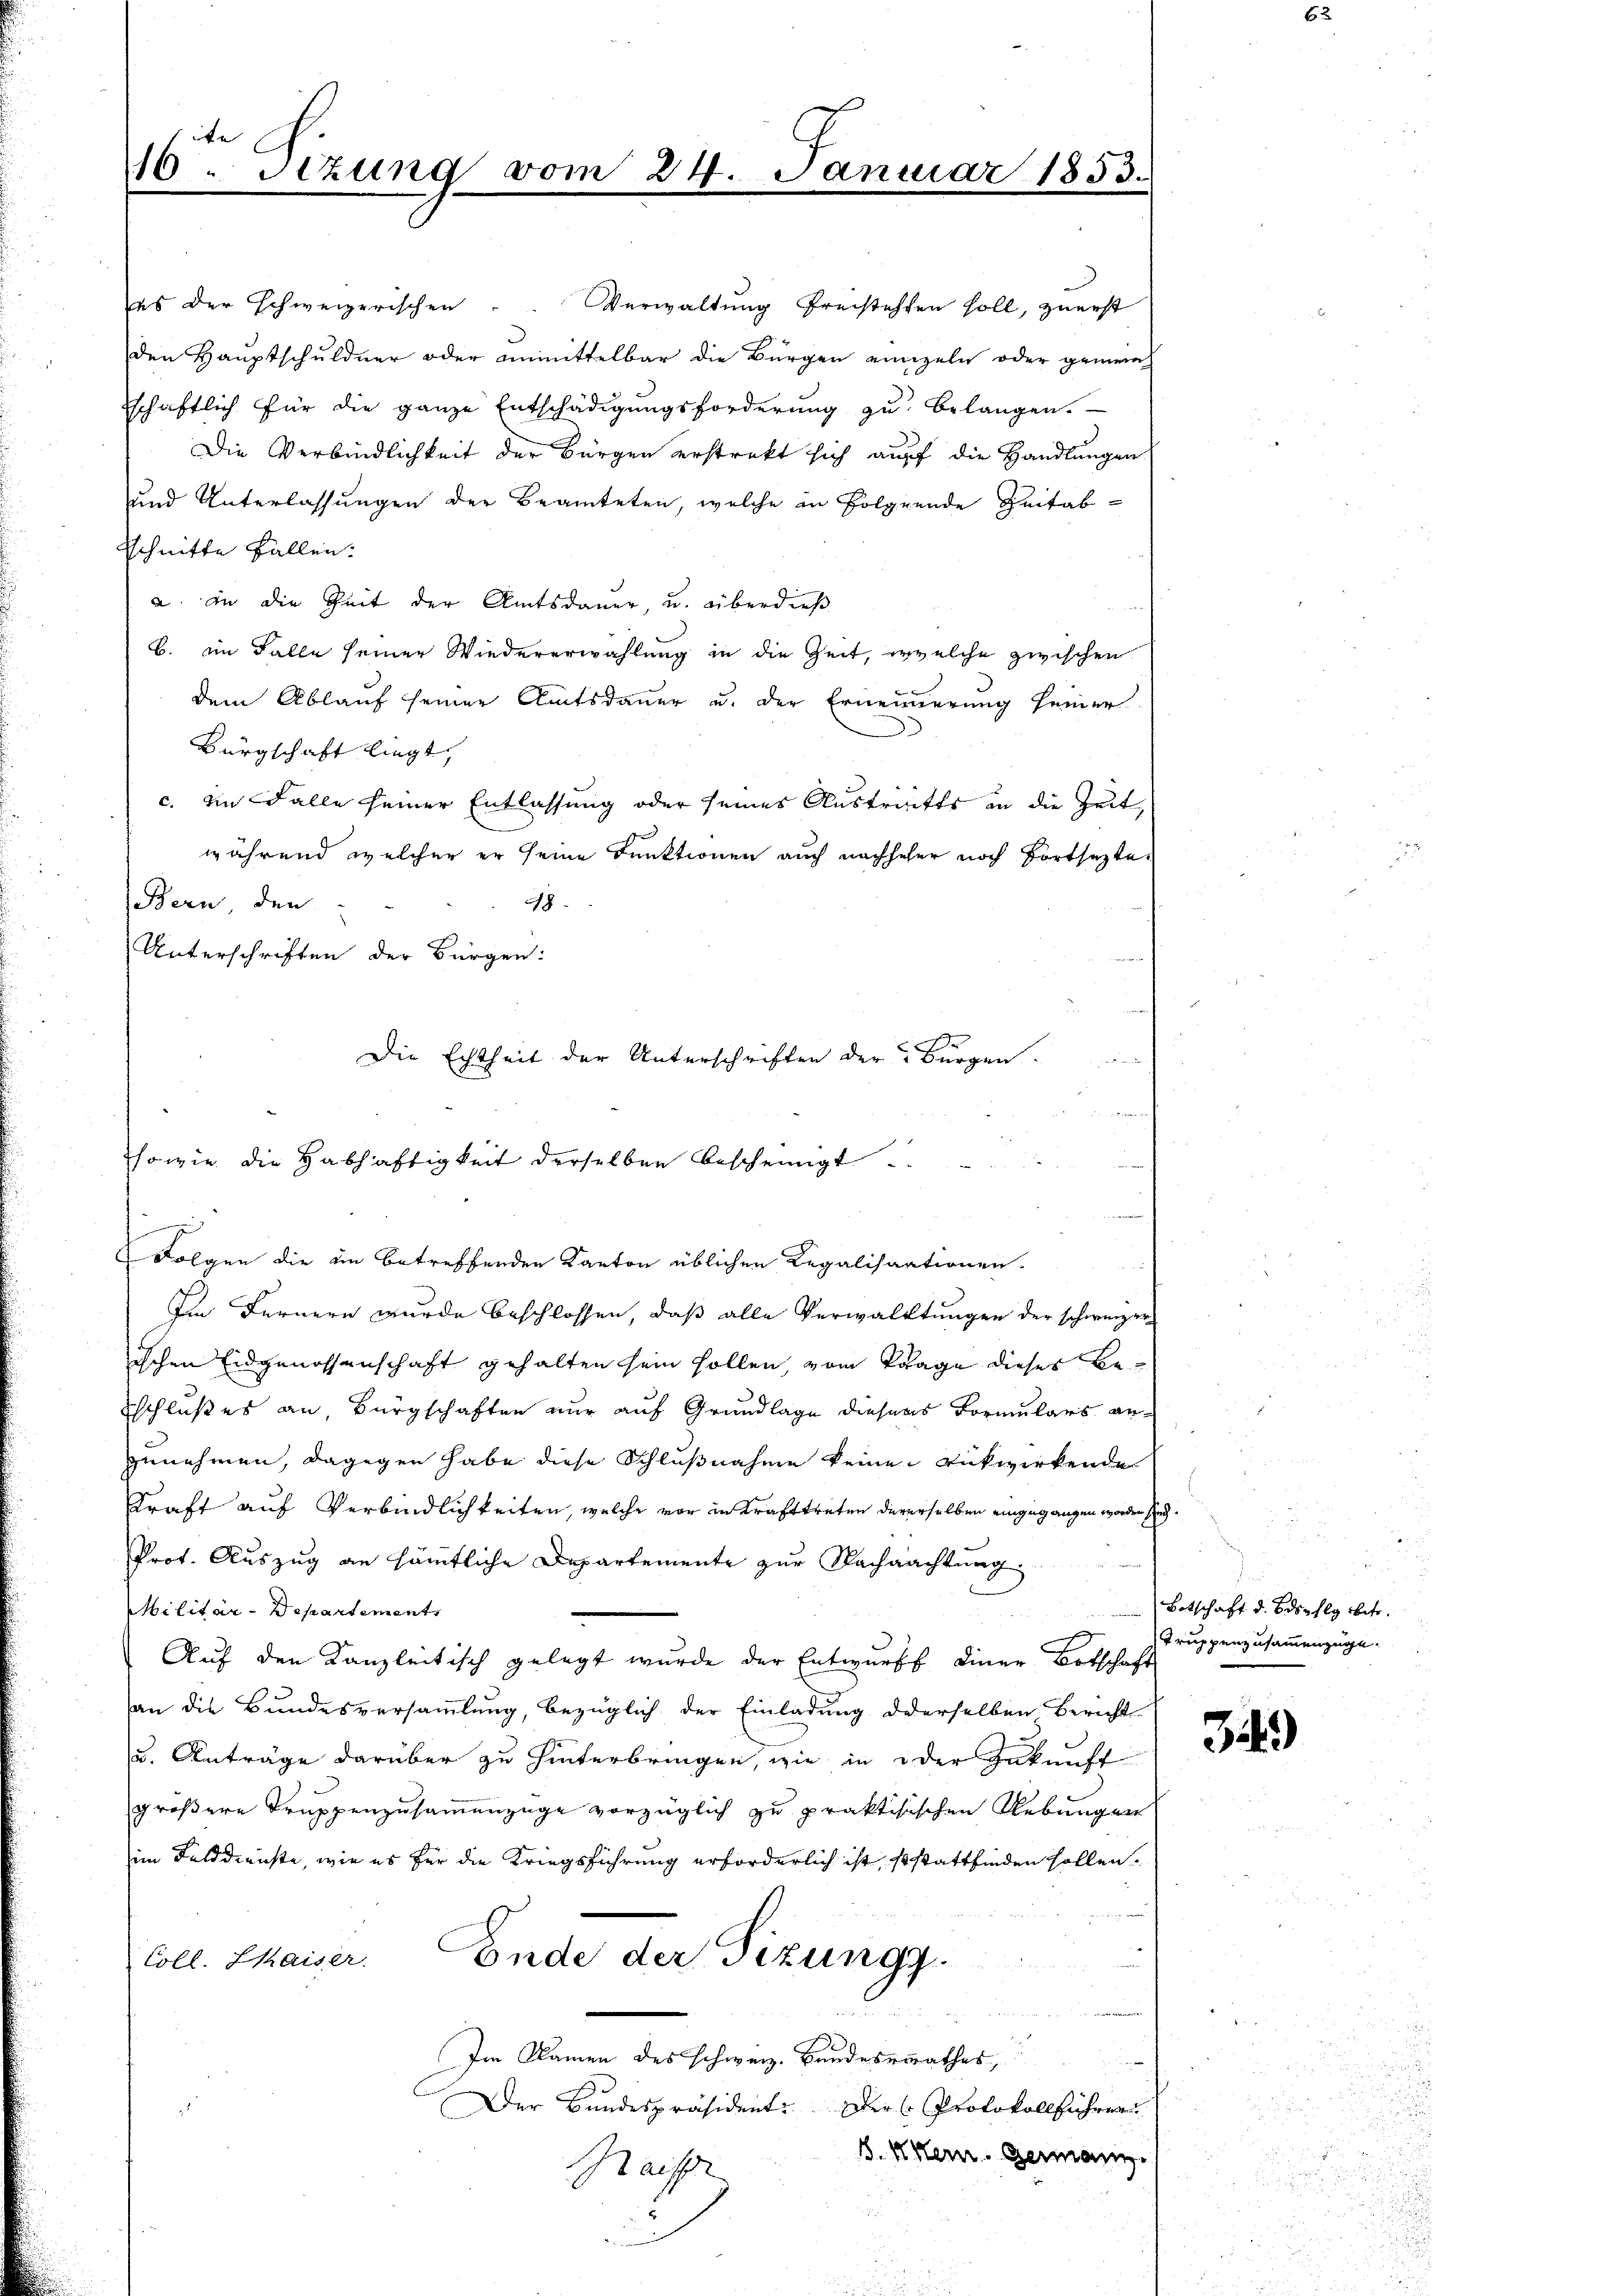
10. Sitzung vom 24. Januar 1853.

es der schweizerischen Verwaltung freistehen soll, zuerst
den Hauptschuldner oder unmittelbar die Bürgen einzeln oder gemein
schaftlich für die ganze Entschädigungsforderung zu belangen.
Die Verbindlichkeit der Bürgen erstrakt sich auf die Handlungen
und Unterlassungen der Beamteten, welche in Folgende Zeitabsschnitte Fallen.
a. in die Zeit der Amtsdauer, u. überdieß
b. im Falle seiner Wiedererwählung in die Zeit, welche zwischen
dem Ablauf seiner Amtsdauer u. der Ernennerung seiner
Bürgschaft liegt,
c. In Falle seiner Entlassung oder seines Austritts in die Zeit,
während welcher er seine Funktionen auch nachseher noch Fortsetzte
Bern, den
8
Unterschriften der Bürgen:
Folgen die in betreffenden Kanton üblichen Regalisaationen.

Im Fernern wurde beschlossen, daß alle Verwaltungen der schweizer
ischen Eidgenossenschaft gehalten sein sollen, vom Trage dieses Beschlußes an Bürgschaften nur auf Grundlage diesens Formulars anzunehmen, dagegen habe diese Schlußnahme keine Rückwirkende
Kraft auf Verbindlichkeiten, welche vor in Krafttreten dererselben eingegangen worden sind
Prot. Auszug an sämtliche Departemente zur Nachmachtung
Militär-Departement
Auf den Kanzleitisch gelegt wurde der Entwurf einer Botschaft
an die Bundesversammlung, bezüglich der Einladung derselben Bericht
u. Anträge darüber zu hinterbringen, wie in oder Zukunft
größere Truppenzusammenzüge vorzüglich zu praktisischen Uebungen
im Feldderichte, wie es für die Kriegsführung erforderlich ist, so stattfinden sollen.
Ende der Sizungg.
Coll. Chaiser.
Im Namen des schweiz. Bundesrathes,
Der Bundespräsident: Der Protokollführen
2
8. Mein Germann.
Grasse

Die Echtheit der Unterschriften der Bürgen.
sowie die Habhaftigkeit derselben bescheinigt

.
Botschaft d. Bdspflg betr.
Truppenzusammenzüge.

349)